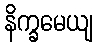
နိက္ခမေယျ